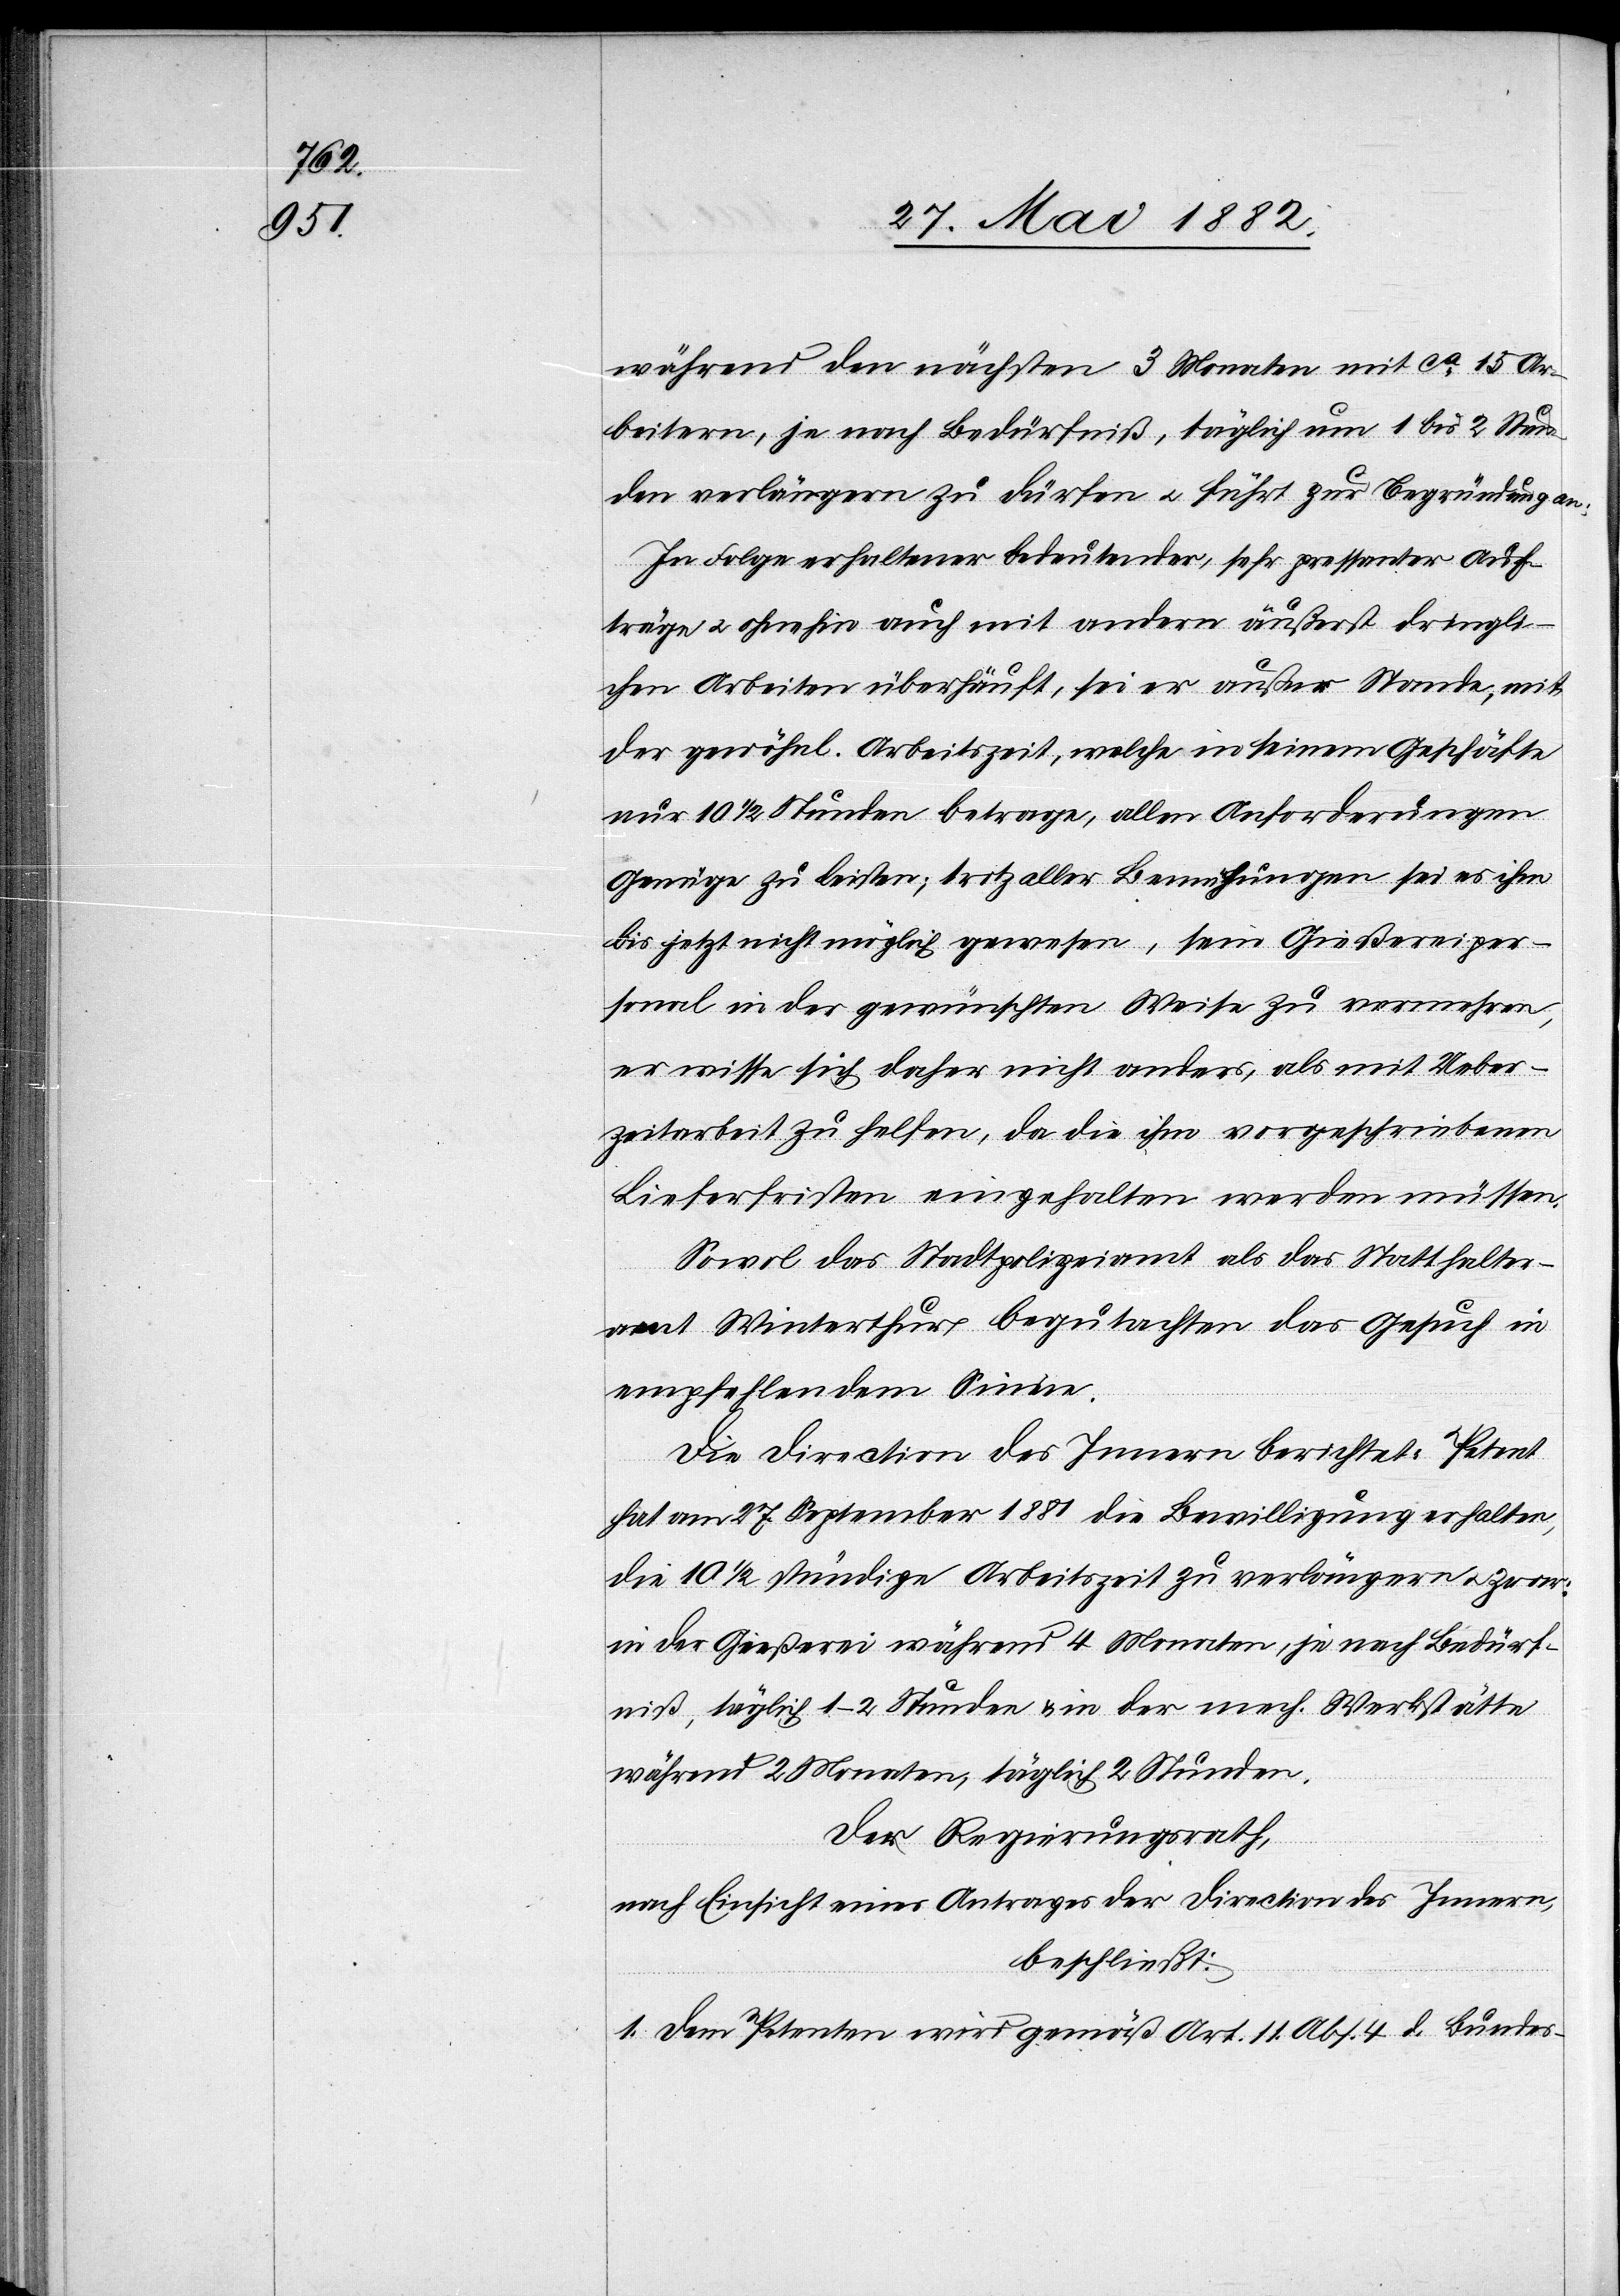
während den nächsten 3 Monaten mit ca 15 Ar¬
beitern, je nach Bedürfniß, täglich um 1 bis 2 Stun¬
den verlängern zu dürfen u. führt zur Begründung an:
In Folge erhaltener bedeutender, sehr pressanter Auf¬
träge u. ohnehin auch mit andern äußerst dringli¬
chen Arbeiten überhäuft, sei er außer Stande, mit
der gewöhnl. Arbeitszeit, welche in seinem Geschäfte
nur 10 1/2 Stunden betrage, allen Anforderungen
Genüge zu leisten; trotz aller Bemühungen sei es ihm
bis jetzt nicht möglich gewesen, sein Gießereiper¬
sonal in der gewünschten Weise zu vermehren,
er wisse sich daher nicht anders, als mit Ueber¬
zeitarbeit zu helfen, da die ihm vorgeschriebenen
Lieferfristen eingehalten werden müssen.
Sowol das Stadtpolizeiamt als das Statthalter¬
amt Winterthur begutachten das Gesuch in
empfehlendem Sinne.
Die Direction des Innern berichtet: Petent
hat am 27. September 1881 die Bewilligung erhalten,
die 10 1/2 stündige Arbeitszeit zu verlängern u. zwar:
in der Gießerei während 4 Monaten, je nach Bedürf¬
niß, täglich um 1–2 Stunden & in der mech. Werkstätte
während 2 Monaten, täglich 2 Stunden.
Der Regierungsrath,
nach Einsicht eines Antrages der Direction des Innern,
beschließt:
1. Dem Petenten wird gemäß Art. 11 Abs. 4 d. Bundes-